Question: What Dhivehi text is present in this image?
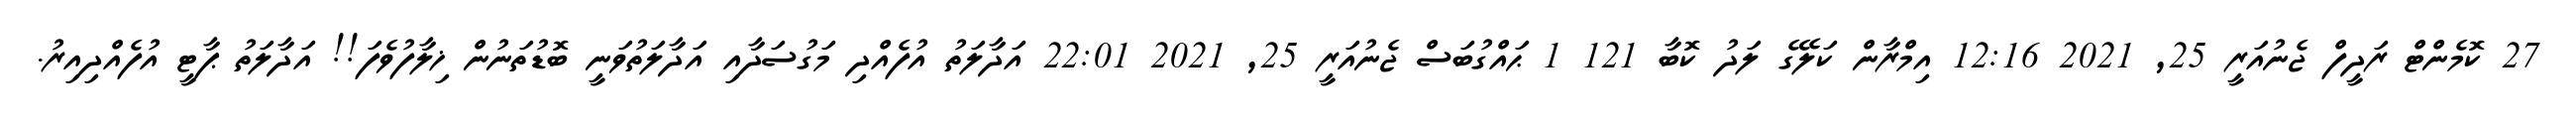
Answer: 27 ކޮމެންޓް ރަދީފް ޖެނުއަރީ 25, 2021 12:16 އިމްރާން ކަލޭގެ ލަދު ކޮބާ 121 1 ޙައްގުބަސް ޖެނުއަރީ 25, 2021 22:01 އަދާލަތު އުފެއްދި މަގުސަދާއި އަދާލަތުވަނީ ބޮޑުތަނުން ޚިލާފުވެފަ!! އަދާލަތު ޕާޓީ އުފެއްދިއިރު.